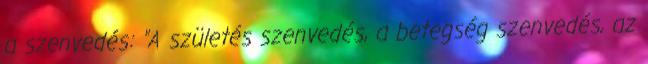
a szenvedés: "A születés szenvedés, a betegség szenvedés, az